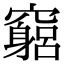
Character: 竆